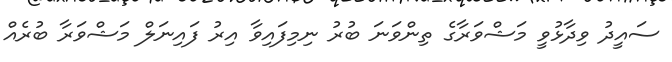
ސައީދު ވިދާޅުވީ މަޝްވަރާގެ ތިންވަނަ ބުރު ނިމިފައިވާ އިރު ފައިނަލް މަޝްވަރާ ބުރެއް